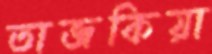
তাজকিয়া